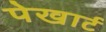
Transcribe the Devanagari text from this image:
पेखार्ट